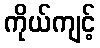
ကိုယ်ကျင့်